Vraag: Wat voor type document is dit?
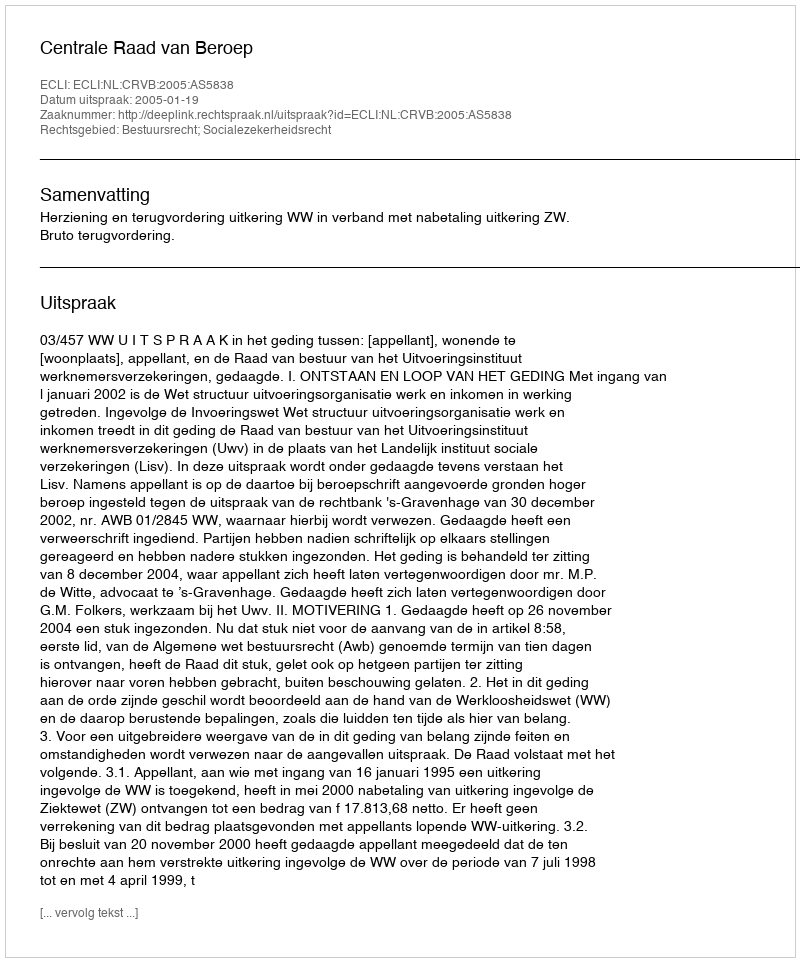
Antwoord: Uitspraak